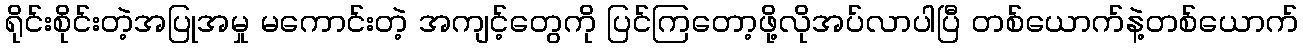
ရိုင်းစိုင်းတဲ့အပြုအမှု မကောင်းတဲ့ အကျင့်တွေကို ပြင်ကြတော့ဖို့လိုအပ်လာပါပြီ တစ်ယောက်နဲ့တစ်ယောက်